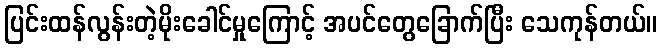
ပြင်းထန်လွန်းတဲ့မိုးခေါင်မှုကြောင့် အပင်တွေခြောက်ပြီး သေကုန်တယ်။